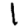
Digit: 1